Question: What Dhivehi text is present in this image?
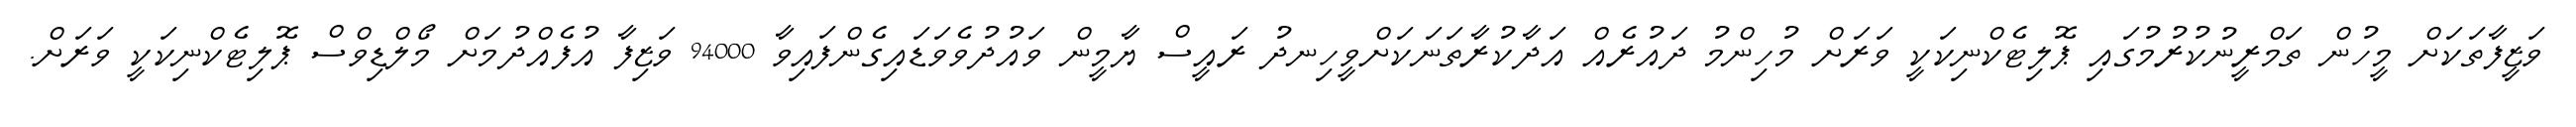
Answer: ވަޒީފާތަކަށް މީހުން ތަމްރީނުކުރުމުގައި ޕޮލިޓެކްނިކަކީ ވަރަށް މުހިންމު ދައުރެއް އަދާކުރާތަނަކަށްވީހިނދު ރައީސް ޔާމީން ވައުދުވެވަޑައިގެންފައިވާ 94000 ވަޒިފާ އުފެއްދުމަށް މޯލްޑިވްސް ޕޮލިޓެކްނިކަކީ ވަރަށް.